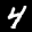
Label: 4